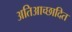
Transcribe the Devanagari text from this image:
अतिआच्छादित